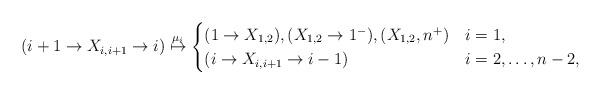
LaTeX: \begin{align*}(i+1 \to X_{i,i+1} \to i) \stackrel{\mu_i}{\mapsto} \begin{cases} (1 \to X_{1,2}), (X_{1,2} \to 1^-), (X_{1,2},n^+) & i=1, \\ (i \to X_{i,i+1} \to i-1) & i=2,\ldots,n-2, \end{cases} \end{align*}